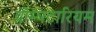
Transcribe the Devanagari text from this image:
प्रोम्पटारियम